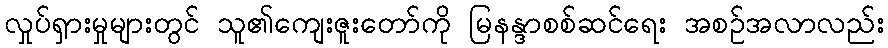
လှုပ်ရှားမှုများတွင် သူ၏ကျေးဇူးတော်ကို မြနန္ဒာစစ်ဆင်ရေး အစဉ်အလာလည်း